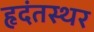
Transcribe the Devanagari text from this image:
हृदंतस्थर